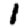
Digit: 1